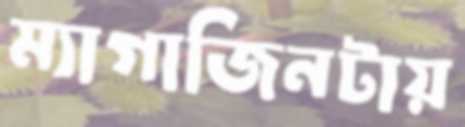
ম্যাগাজিনটায়